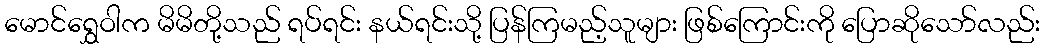
မောင်ရွှေဝါက မိမိတို့သည် ရပ်ရင်း နယ်ရင်းသို့ ပြန်ကြမည့်သူများ ဖြစ်ကြောင်းကို ပြောဆိုသော်လည်း